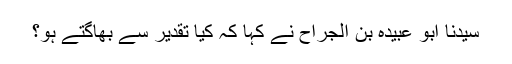
سیدنا ابو عبیدہ بن الجراحؓ نے کہا کہ کیا تقدیر سے بھاگتے ہو؟